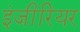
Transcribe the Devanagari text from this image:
इंजीरियर